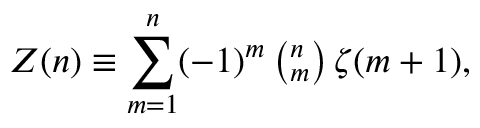
Z ( n ) \equiv \sum _ { m = 1 } ^ { n } ( - 1 ) ^ { m } \left( ^ n _ { m } \right) \zeta ( m + 1 ) ,